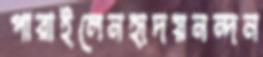
পারাইলেনহৃদয়নন্দন